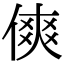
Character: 傸